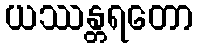
ယဿန္တရတော